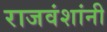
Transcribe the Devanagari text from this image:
राजवंशांनी